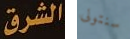
الشرق سنتولى